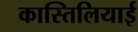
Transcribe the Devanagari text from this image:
कास्तिलियाई